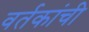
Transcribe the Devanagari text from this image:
वर्तकांची